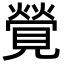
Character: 覮